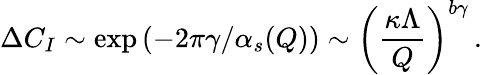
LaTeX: \Delta C_{I}\sim\exp{(-2\pi\gamma/\alpha_{s}(Q))}\sim\left(\frac{\kappa\Lambda}{Q}\right)^{b\gamma}\, .